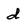
Character: d